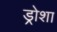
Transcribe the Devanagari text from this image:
ड्रोशा